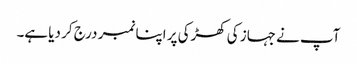
آپ نے جہاز کی کھڑکی پر اپنا نمبر درج کر دیا ہے۔